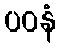
ပဝနံ